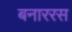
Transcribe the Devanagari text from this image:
बनाररस